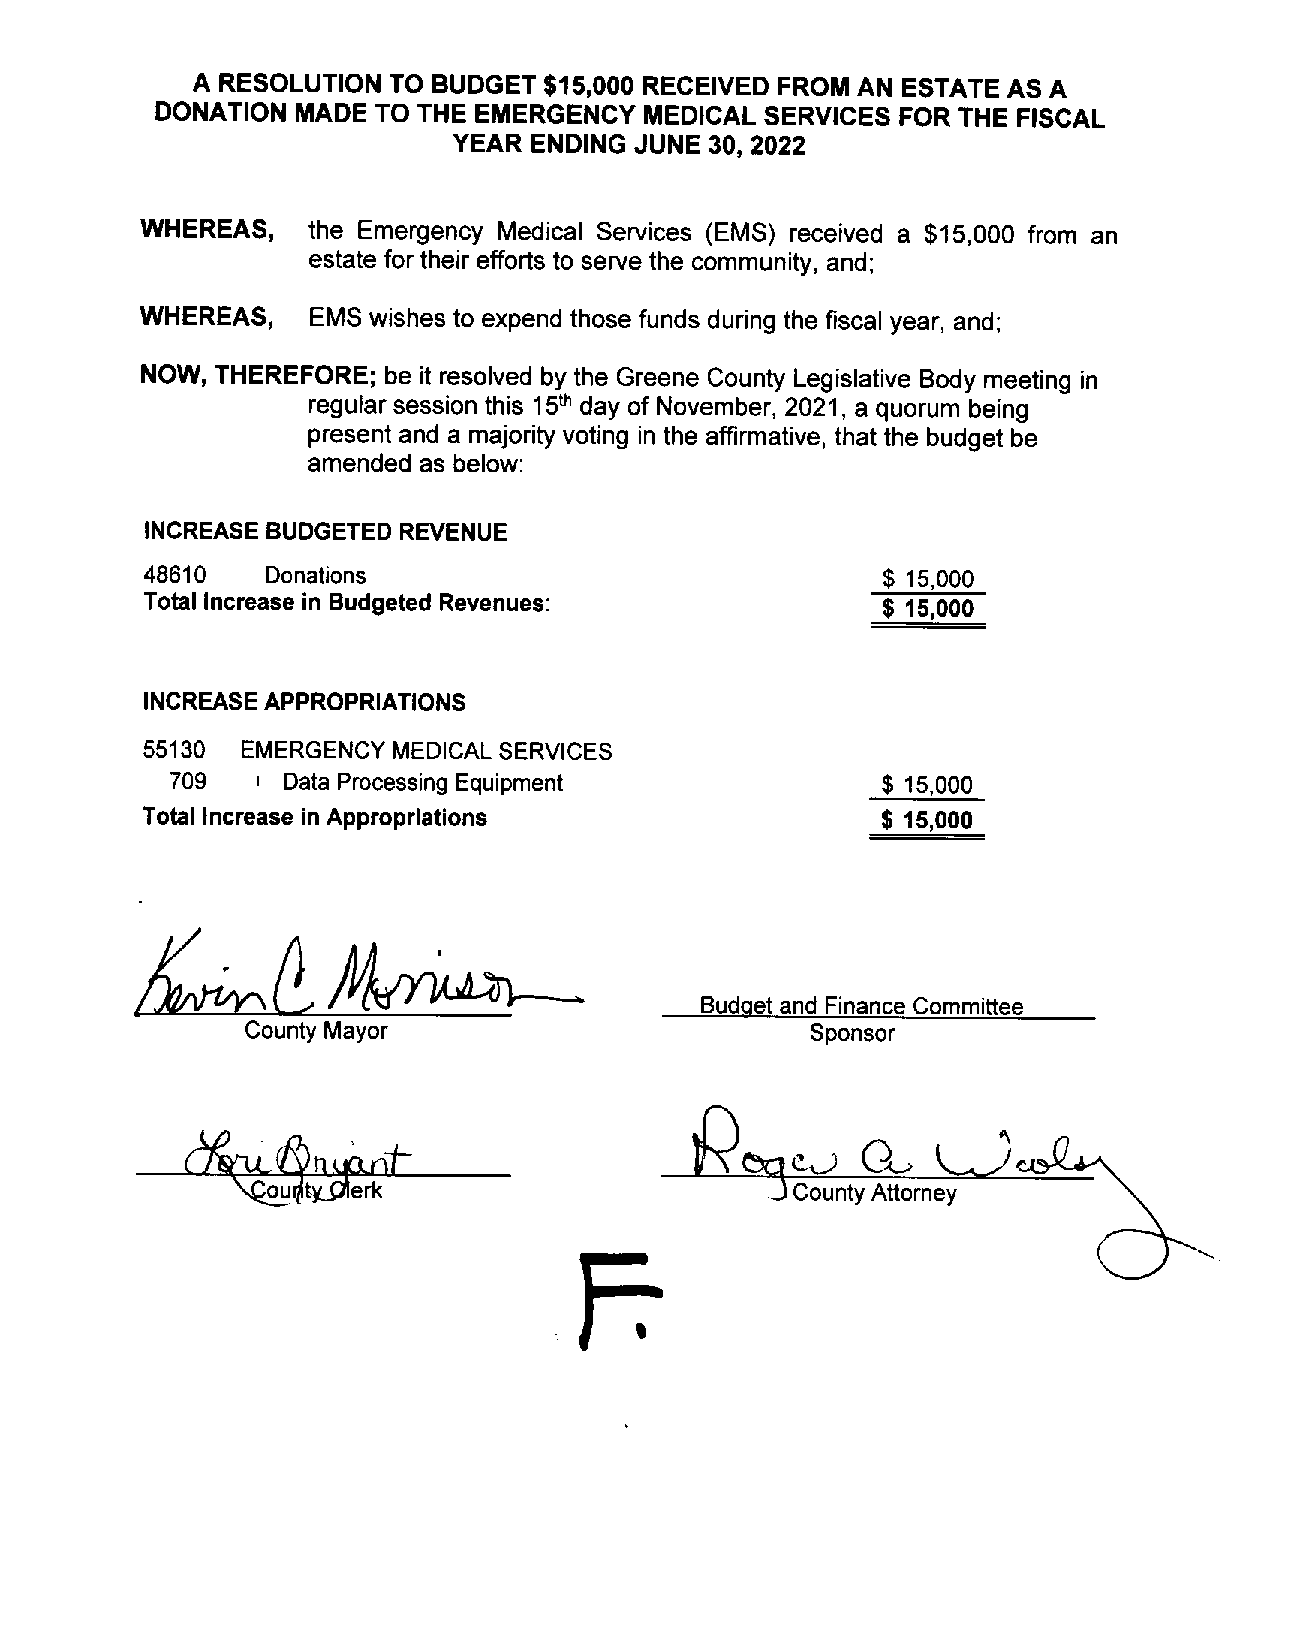
A RESOLUTION TO BUDGET $15,000 RECEIVED FROM AN ESTATE AS A
 DONATION  MADE TO THE EMERGENCY MEDICAL SERVICES FOR THE FISCAL
 YEAR ENDING JUNE 30, 2022
 WHEREAS,   the Emergency Medical Services (EMS) received a $15,000 from an
 estate for theirefforts to serve the community, and;
 WHEREAS,    EMS wishes to expend those funds during the fiscal year, and;
 NOW, THEREFORE; be it resolved by the Greene County Legislative Body meeting in
 regular session this 1 day of November, 2021, a quorum being
 th
 5
 present and a majority voting in the affirmative, that the budget be
 amended as below:
 48610   Donations
 INCREASE BUDGETED REVENUE
 $ 15,000
 Total Increase in Budgeted Revenues:            $ 15,000
 INCREASE APPROPRIATIONS
 55130 EMERGENCY MEDICAL SERVICES
 709   I Data Processing Equipment              $ 15,000
 Total Increase inAppropriations                 $ 15,000
 Budget and Finance Committee
 County Mayor                          Sponsor
 (~n
 ti~rcI-
 ty.Qlerk                       .i County Attorney
 Ft